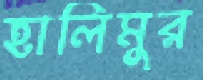
হালিমুর